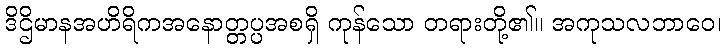
ဒိဌိမာနအဟိရိကအနောတ္တပ္ပအစရှိ ကုန်သော တရားတို့၏။ အကုသလဘာဝေ၊